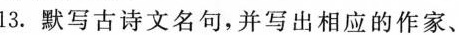
13.默写古诗文名句，并写出相应的作家、